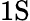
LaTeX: \mathrm{1S}